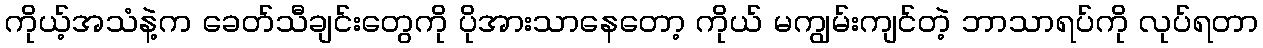
ကိုယ့်အသံနဲ့က ခေတ်သီချင်းတွေကို ပိုအားသာနေတော့ ကိုယ် မကျွမ်းကျင်တဲ့ ဘာသာရပ်ကို လုပ်ရတာ